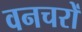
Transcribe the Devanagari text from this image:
वनचरों